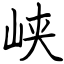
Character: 峡